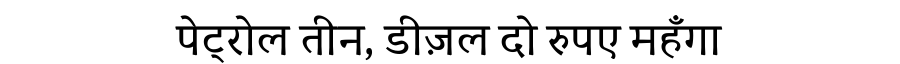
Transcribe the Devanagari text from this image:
पेट्रोल तीन, डीज़ल दो रुपए महँगा